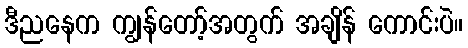
ဒီညနေက ကျွန်တော့်အတွက် အချိန် ကောင်းပဲ။